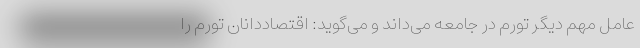
عامل مهم دیگر تورم در جامعه می‌داند و می‌گوید: اقتصاددانان تورم را